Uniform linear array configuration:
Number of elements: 8
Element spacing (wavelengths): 1
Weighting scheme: exponential
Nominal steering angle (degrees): -60
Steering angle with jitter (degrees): -59.612
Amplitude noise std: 0.05
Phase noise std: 0.05

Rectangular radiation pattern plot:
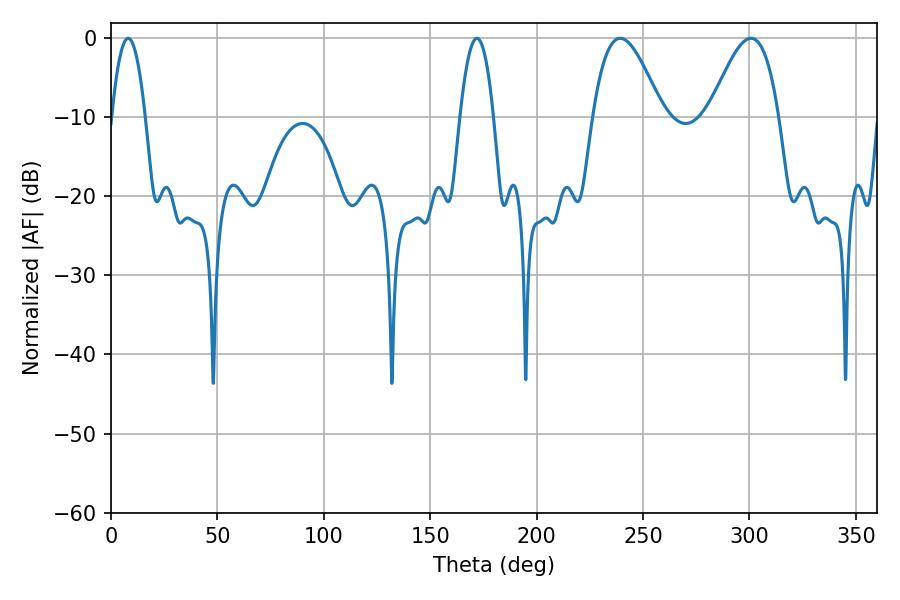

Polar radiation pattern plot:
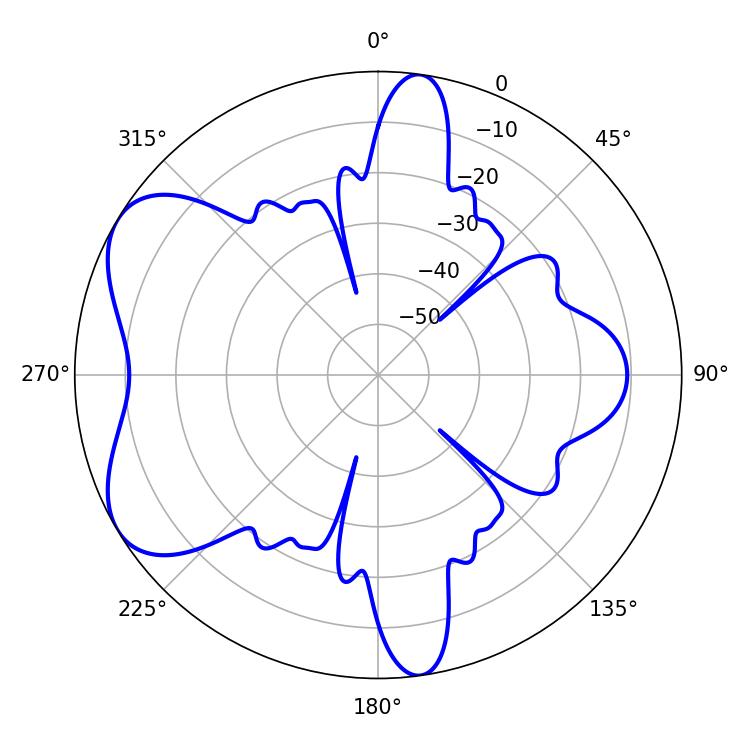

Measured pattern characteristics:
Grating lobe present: TRUE
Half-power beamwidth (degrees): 17.64
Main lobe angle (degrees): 239.22